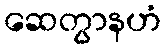
ဆေတွာနဟံ